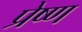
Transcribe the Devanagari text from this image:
प्रेष्ण